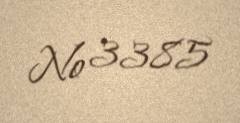
№ 3385